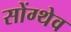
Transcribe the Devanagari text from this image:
सोंग्थेव